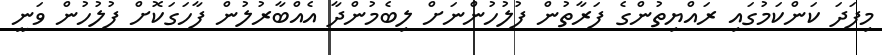
މިފަދަ ކަންކަމުގައި ރައްޔިތުންގެ ފަރާތުން ފުލުހުންނަށް ލިބެމުންދާ އެއްބާރުލުން ފާހަގަކޮށް ފުލުހުން ވަނީ